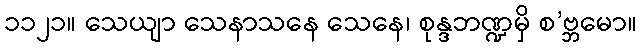
၁၁၂၁။ သေယျာ သေနာသနေ သေနေ၊ စုန္ဒဘဏ္ဍမှိ စ’ဗ္ဘမော။